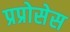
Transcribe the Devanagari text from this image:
प्रप्रोसेस